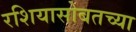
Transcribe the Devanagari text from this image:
रशियासोबतच्या